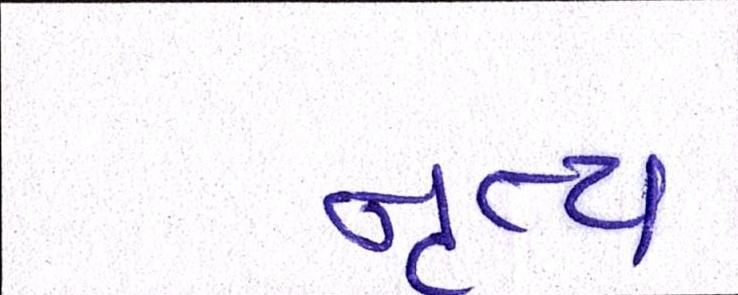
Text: નૃત્ય